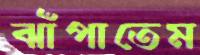
ঝাঁপাতেম